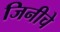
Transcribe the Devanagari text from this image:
जिनीचे